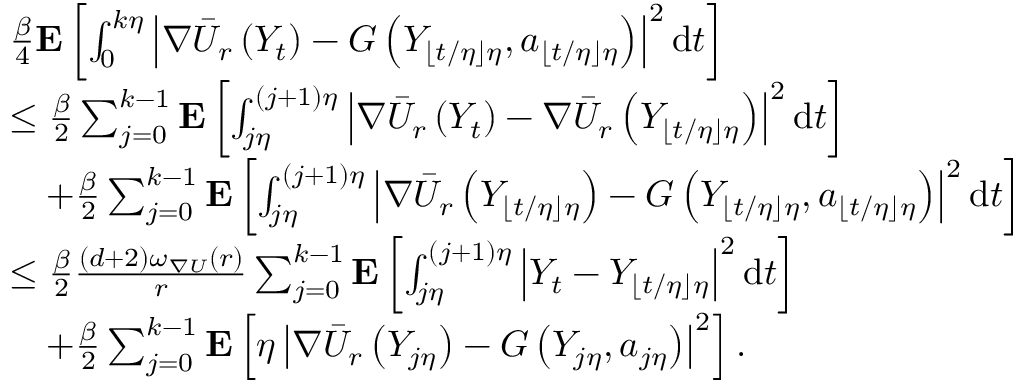
\begin{array} { r l } & { \frac { \beta } { 4 } \mathbf { E } \left[ \int _ { 0 } ^ { k \eta } \left| \nabla \Bar { U } _ { r } \left( Y _ { t } \right) - G \left( Y _ { \lfloor t / \eta \rfloor \eta } , a _ { \lfloor t / \eta \rfloor \eta } \right) \right| ^ { 2 } \mathrm { d } t \right] } \\ & { \le \frac { \beta } { 2 } \sum _ { j = 0 } ^ { k - 1 } \mathbf { E } \left[ \int _ { j \eta } ^ { ( j + 1 ) \eta } \left| \nabla \Bar { U } _ { r } \left( Y _ { t } \right) - \nabla \Bar { U } _ { r } \left( Y _ { \lfloor t / \eta \rfloor \eta } \right) \right| ^ { 2 } \mathrm { d } t \right] } \\ & { \quad + \frac { \beta } { 2 } \sum _ { j = 0 } ^ { k - 1 } \mathbf { E } \left[ \int _ { j \eta } ^ { ( j + 1 ) \eta } \left| \nabla \Bar { U } _ { r } \left( Y _ { \lfloor t / \eta \rfloor \eta } \right) - G \left( Y _ { \lfloor t / \eta \rfloor \eta } , a _ { \lfloor t / \eta \rfloor \eta } \right) \right| ^ { 2 } \mathrm { d } t \right] } \\ & { \le \frac { \beta } { 2 } \frac { \left( d + 2 \right) \omega _ { \nabla U } ( r ) } { r } \sum _ { j = 0 } ^ { k - 1 } \mathbf { E } \left[ \int _ { j \eta } ^ { ( j + 1 ) \eta } \left| Y _ { t } - Y _ { \lfloor t / \eta \rfloor \eta } \right| ^ { 2 } \mathrm { d } t \right] } \\ & { \quad + \frac { \beta } { 2 } \sum _ { j = 0 } ^ { k - 1 } \mathbf { E } \left[ \eta \left| \nabla \Bar { U } _ { r } \left( Y _ { j \eta } \right) - G \left( Y _ { j \eta } , a _ { j \eta } \right) \right| ^ { 2 } \right] . } \end{array}